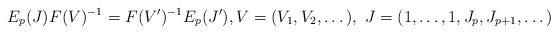
LaTeX: \begin{align*}E_p(J)F(V)^{-1}=F(V')^{-1}E_p(J'),V=(V_1,V_2,\dots),\ J=(1,\dots,1,J_p,J_{p+1},\dots)\end{align*}